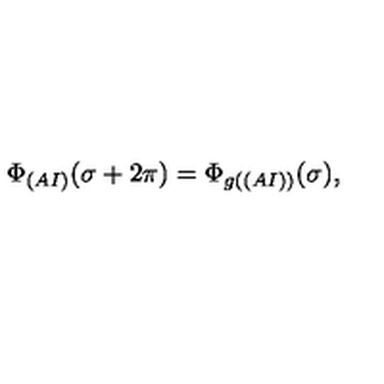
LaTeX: \Phi _ { ( A I ) } ( \sigma + 2 \pi ) = \Phi _ { g ( ( A I ) ) } ( \sigma ) ,